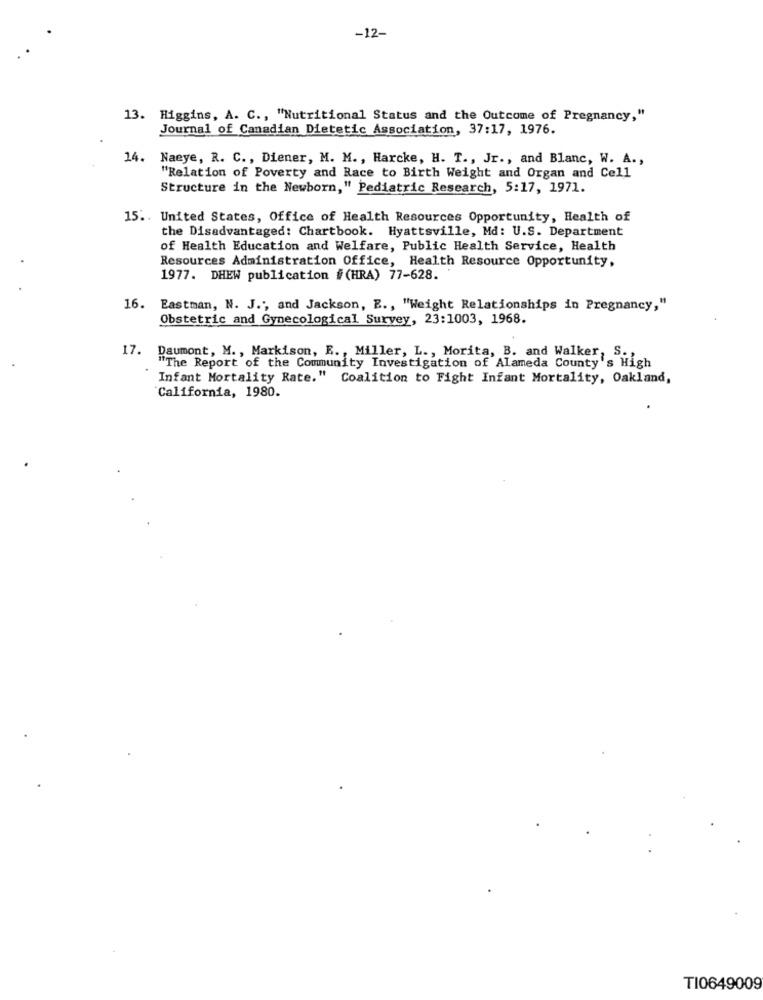
-12-
13. Higgins, A. C ., "Nutritional Status and the Outcome of Pregnancy,"
Journal of Canadian Dietetic Association, 37:17, 1976.
14. Naeye, R. C ., Diener, M. M ., Harcke, H. T ., Jr ., and Blanc, W. A .,
"Relation of Poverty and Race to Birth Weight and Organ and Cell
Structure in the Newborn," Pediatric Research, 5:17, 1971.
15 .. United States, Office of Health Resources Opportunity, Health of
the Disadvantaged: Chartbook. Hyattsville, Md: U.S. Department
of Health Education and Welfare, Public Health Service, Health
Resources Administration Office, Health Resource Opportunity,
1977. DHEW publication #(HRA) 77-628.
16. Eastman, N. J ., and Jackson, E ., "Weight Relationships in Pregnancy,"
Obstetric and Gynecological Survey, 23:1003, 1968.
17. Daumont, M ., Markison, E ., Miller, L ., Morita, B. and Walker, S .,
"The Report of the Community Investigation of Alameda County's High
Infant Mortality Rate." Coalition to Fight Infant Mortality, Oakland,
California, 1980.
TI0649009